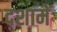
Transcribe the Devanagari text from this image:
दशामें